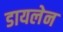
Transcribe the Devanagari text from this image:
डायलेन